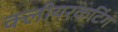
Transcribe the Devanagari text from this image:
क्लीयरकटिंग